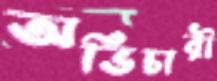
অভিচারী